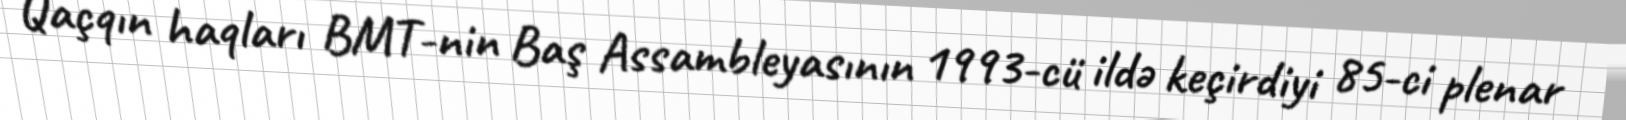
Qaçqın haqları BMT-nin Baş Assambleyasının 1993-cü ildə keçirdiyi 85-ci plenar